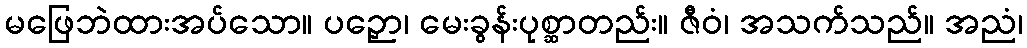
မဖြေဘဲထားအပ်သော။ ပဉှော၊ မေးခွန်းပုစ္ဆာတည်း။ ဇီဝံ၊ အသက်သည်။ အညံ၊